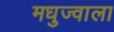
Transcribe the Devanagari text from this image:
मधुज्वाला